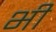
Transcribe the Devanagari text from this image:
भ्‍ाी